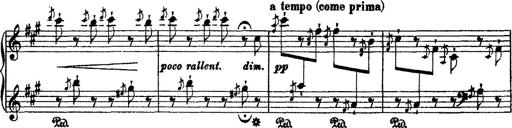
Title: 2 KonzertetÃ¼den
Composer: Franz Liszt